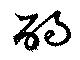
酌